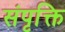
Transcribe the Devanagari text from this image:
संपृक्ति